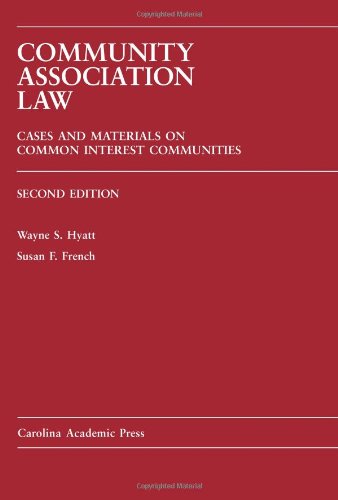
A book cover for Community Association Law: Cases and Materials on Common Interest Communities; Wayne S. Hyatt; Law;